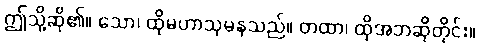
ဤသို့ဆို၏။ သော၊ ထိုမဟာသုမနသည်။ တထာ၊ ထိုအဘဆိုတိုင်း။